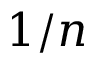
1 / n